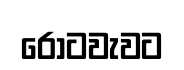
රොටවැවට